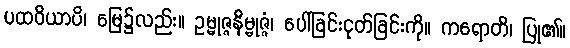
ပထဝိယာပိ၊ မြေ၌လည်း။ ဥမ္မုဇ္ဇနိမ္မုဇ္ဇံ၊ ပေါ်ခြင်းငုတ်ခြင်းကို။ ကရောတိ၊ ပြု၏။